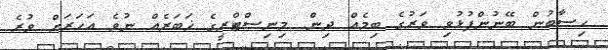
ހިސާބުން ބޭނުންފުޅުވި ވަރުގެ ބިމެއް ދިން. މިނިސްޓްރީގެ ޚަބަރެއް ނުވެ އަހަރަށް ވުރެ